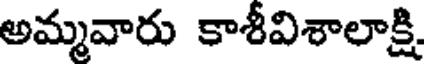
అమ్మవారు కాశీవిశాలాక్షి